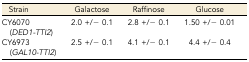
| Strain | Galactose | Raffinose | Glucose |
 | --- | --- | --- | --- |
 | CY6070 (DED1-TTI2) | 2.0 +/− 0.1 | 2.8 +/− 0.1 | 1.50 +/− 0.01 |
 | CY6973 (GAL10-TTI2) | 2.5 +/− 0.1 | 4.1 +/− 0.1 | 4.4 +/− 0.4 |